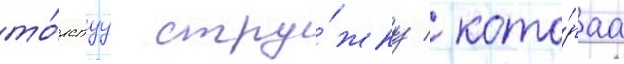
то́лстуу стру́жку / кото́раа